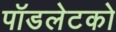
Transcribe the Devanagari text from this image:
पॉडलेटको